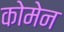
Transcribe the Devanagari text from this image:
कोमेन